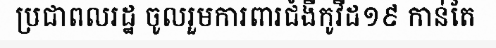
ប្រជាពលរដ្ឋ ចូលរួមការពារជំងឺកូវីដ១៩ កាន់តែ